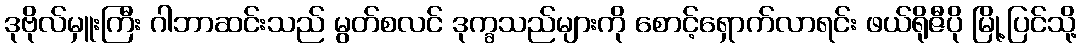
ဒုဗိုလ်မှူးကြီး ဂါဘာဆင်းသည် မွတ်စလင် ဒုက္ခသည်များကို စောင့်ရှောက်လာရင်း ဖယ်ရိုဇီပို မြို့ပြင်သို့